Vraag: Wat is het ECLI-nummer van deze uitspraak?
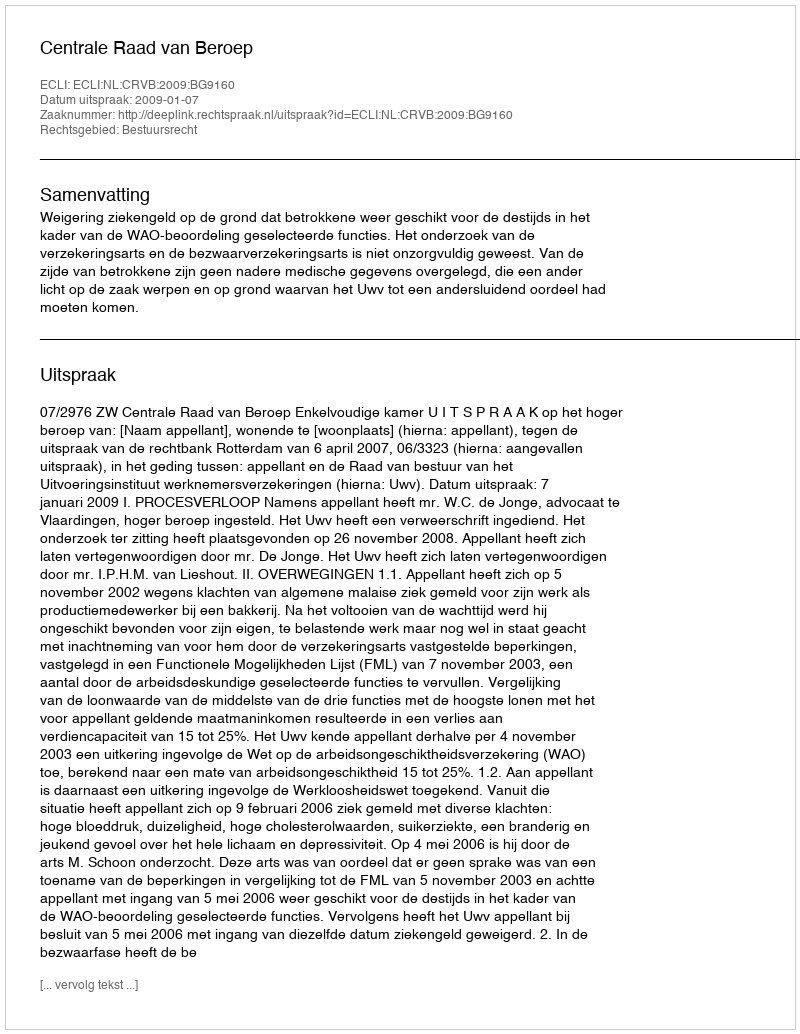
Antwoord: ECLI:NL:CRVB:2009:BG9160